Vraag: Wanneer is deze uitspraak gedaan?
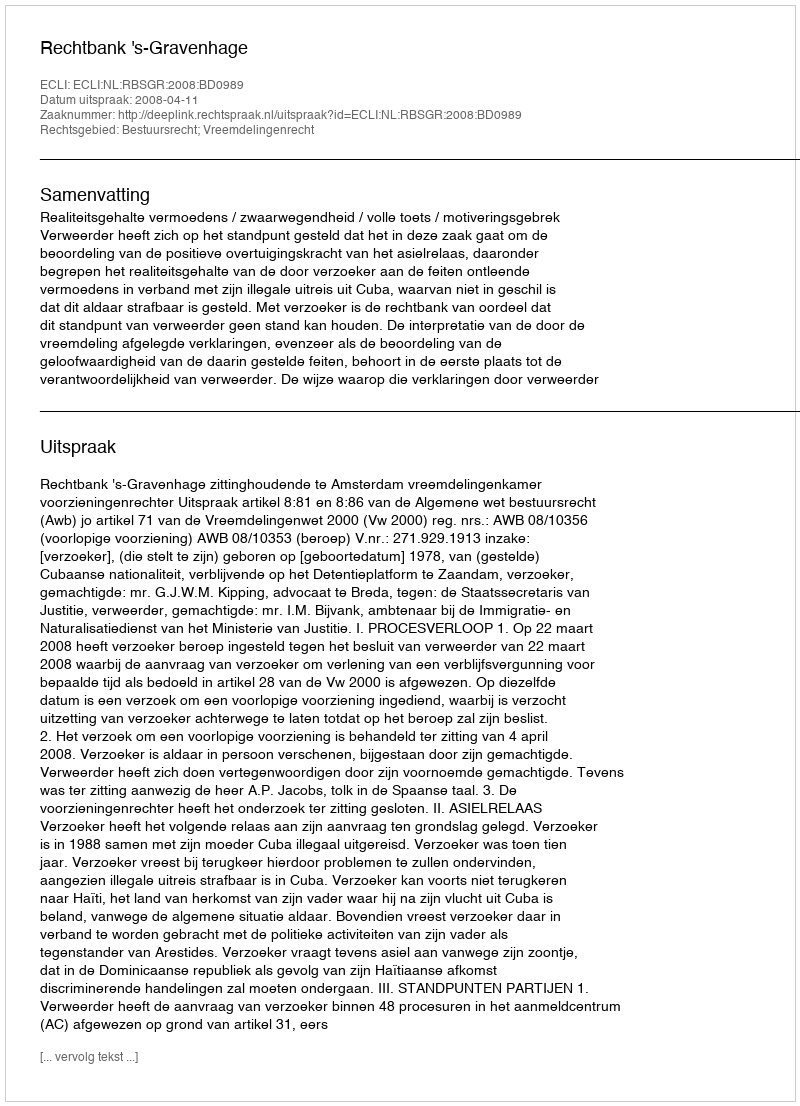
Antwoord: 2008-04-11